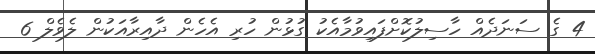
4 ގެ ސަނަދެއް ހާސިލުކޮށްފައިވުމާއެކު ގުޅުން ހުރި އެހެން ދާއިރާއަކުން ލެވެލް 6